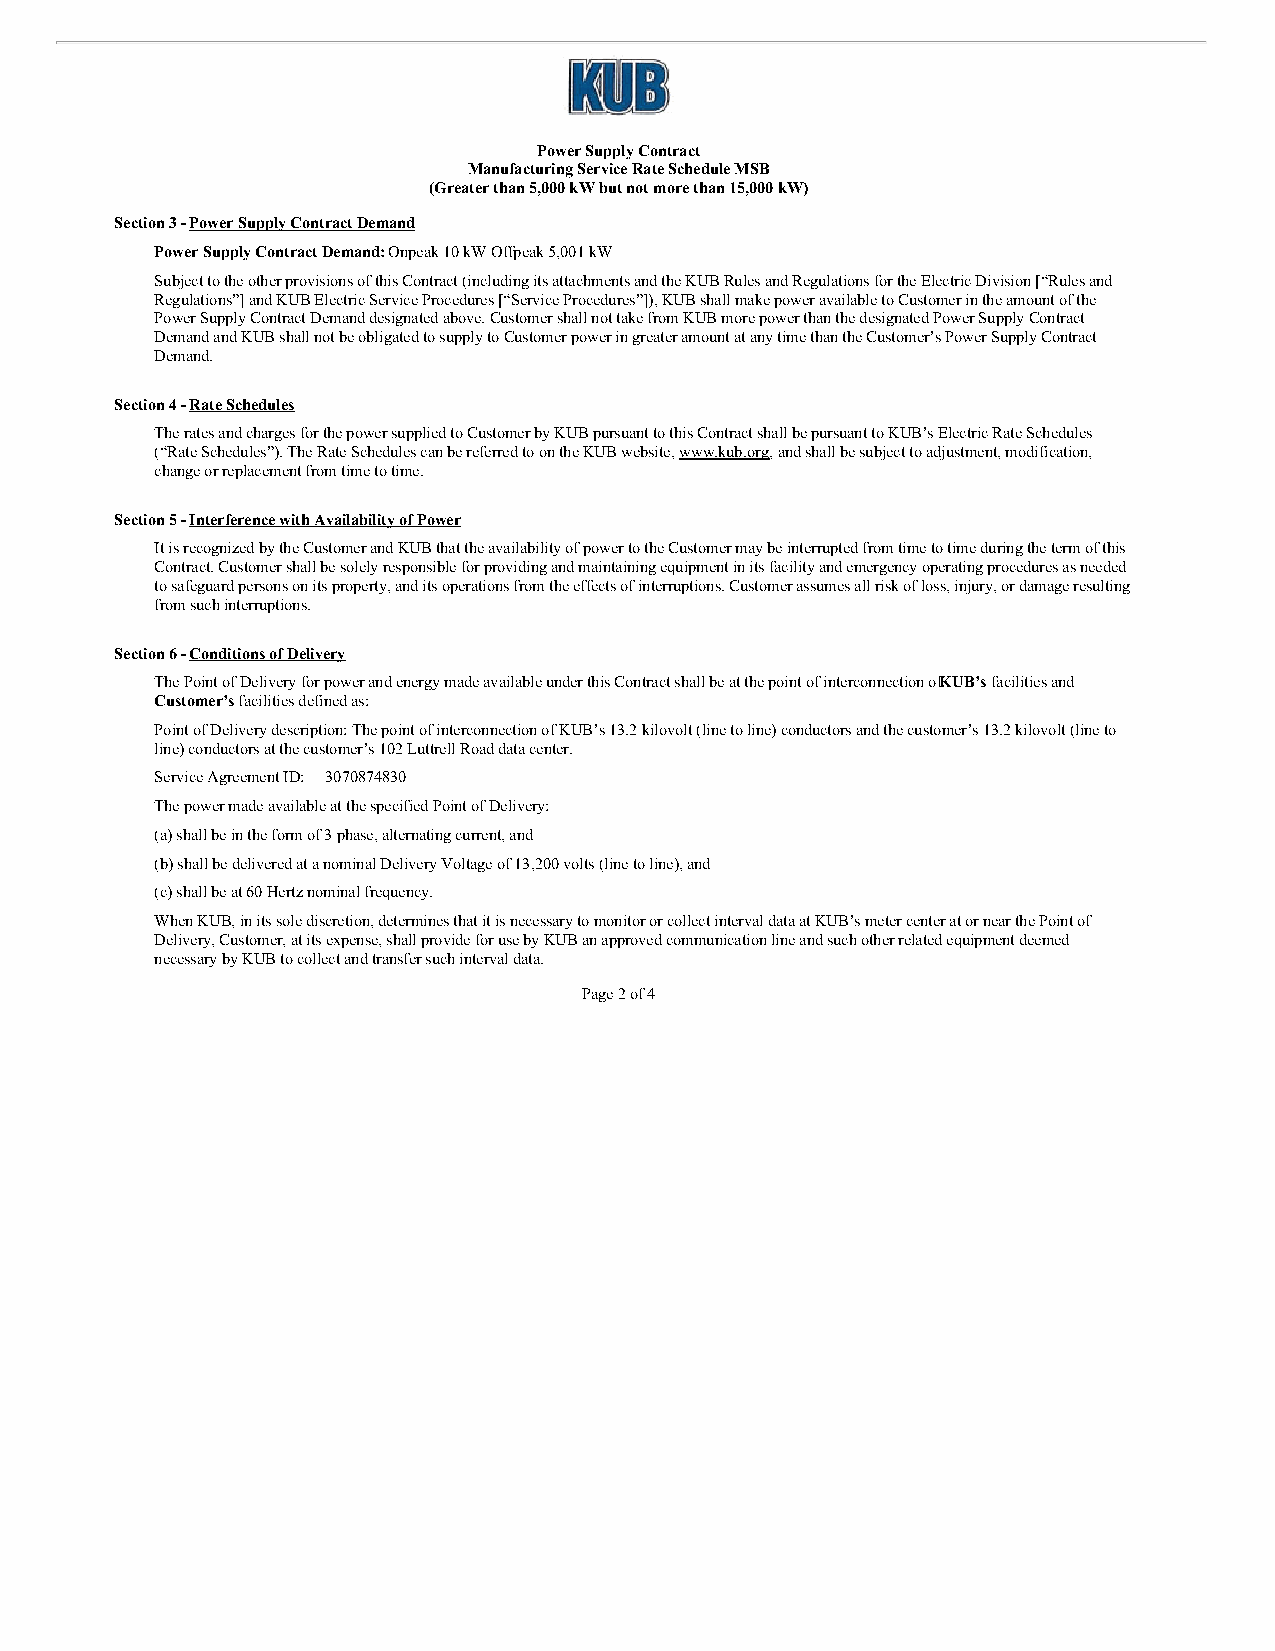
Power Supply Contract
 Manufacturing Service Rate Schedule MSB
 (Greater than 5,000 kW but not more than 15,000 kW)
 Section 3 - Power Supply Contract Demand
 Power Supply Contract Demand: Onpeak 10 kW Offpeak 5,001 kW
 Subject to the other provisions of this Contract (including its attachments and the KUB Rules and Regulations for the Electric Division [“Rules and
 Regulations”] and KUB Electric Service Procedures [“Service Procedures”]), KUB shall make power available to Customer in the amount of the
 Power Supply Contract Demand designated above. Customer shall not take from KUB more power than the designated Power Supply Contract
 Demand and KUB shall not be obligated to supply to Customer power in greater amount at any time than the Customer’s Power Supply Contract
 Demand.
 Section 4 - Rate Schedules
 The rates and charges for the power supplied to Customer by KUB pursuant to this Contract shall be pursuant to KUB’s Electric Rate Schedules
 (“Rate Schedules”). The Rate Schedules can be referred to on the KUB website, www.kub.org, and shall be subject to adjustment, modification,
 change or replacement from time to time.
 Section 5 - Interference with Availability of Power
 It is recognized by the Customer and KUB that the availability of power to the Customer may be interrupted from time to time during the term of this
 Contract. Customer shall be solely responsible for providing and maintaining equipment in its facility and emergency operating procedures as needed
 to safeguard persons on its property, and its operations from the effects of interruptions. Customer assumes all risk of loss, injury, or damage resulting
 from such interruptions.
 Section 6 - Conditions of Delivery
 The Point of Delivery for power and energy made available under this Contract shall be at the point of interconnection ofK UB’s facilities and
 Customer’s facilities defined as:
 Point of Delivery description: The point of interconnection of KUB’s 13.2 kilovolt (line to line) conductors and the customer’s 13.2 kilovolt (line to
 line) conductors at the customer’s 102 Luttrell Road data center.
 Service Agreement ID: 3070874830
 The power made available at the specified Point of Delivery:
 (a) shall be in the form of 3 phase, alternating current, and
 (b) shall be delivered at a nominal Delivery Voltage of 13,200 volts (line to line), and
 (c) shall be at 60 Hertz nominal frequency.
 When KUB, in its sole discretion, determines that it is necessary to monitor or collect interval data at KUB’s meter center at or near the Point of
 Delivery, Customer, at its expense, shall provide for use by KUB an approved communication line and such other related equipment deemed
 necessary by KUB to collect and transfer such interval data.
 Page 2 of 4